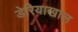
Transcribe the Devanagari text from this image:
डेरियाखाल